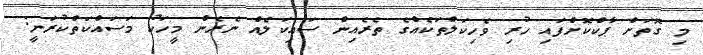
މި ގޮތަށް ޕާކްކޮށްފައި ހުރި ވެހިކަލްތަކެއްގެ ތެރެއިން ސައިކަލެއް ނެރެން މީހަކު މަސައްކަތްކުރަނީ: